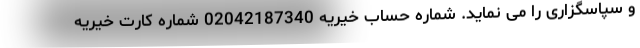
و سپاسگزاری را می نماید. شماره حساب خیریه 02042187340 شماره کارت خیریه